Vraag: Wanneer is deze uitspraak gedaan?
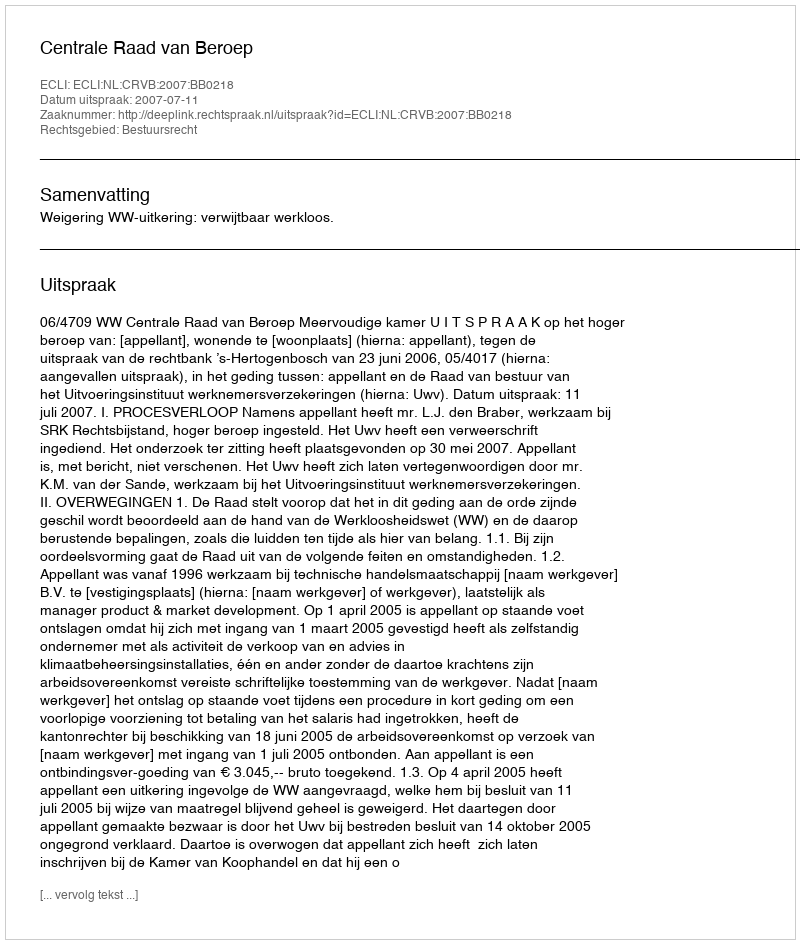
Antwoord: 2007-07-11